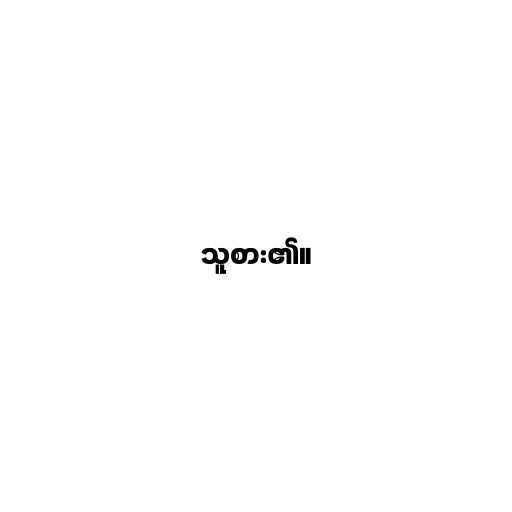
သူစား၏။